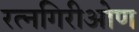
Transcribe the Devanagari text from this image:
रत्नगिरीओण